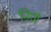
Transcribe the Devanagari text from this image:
निर्ण